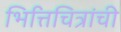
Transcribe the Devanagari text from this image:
भित्तिचित्रांची